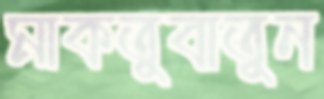
মাকতুবাতুন